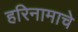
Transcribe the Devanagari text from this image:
हरिनामाचे